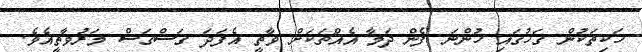
ހަކިތަކުން ގަހުގައި ހުންނަ ފެން ދަމާ އެއްޗަކަށް ވާތީ އެފަދަ ގަސްގަސް މަރުވާތީއެވެ.